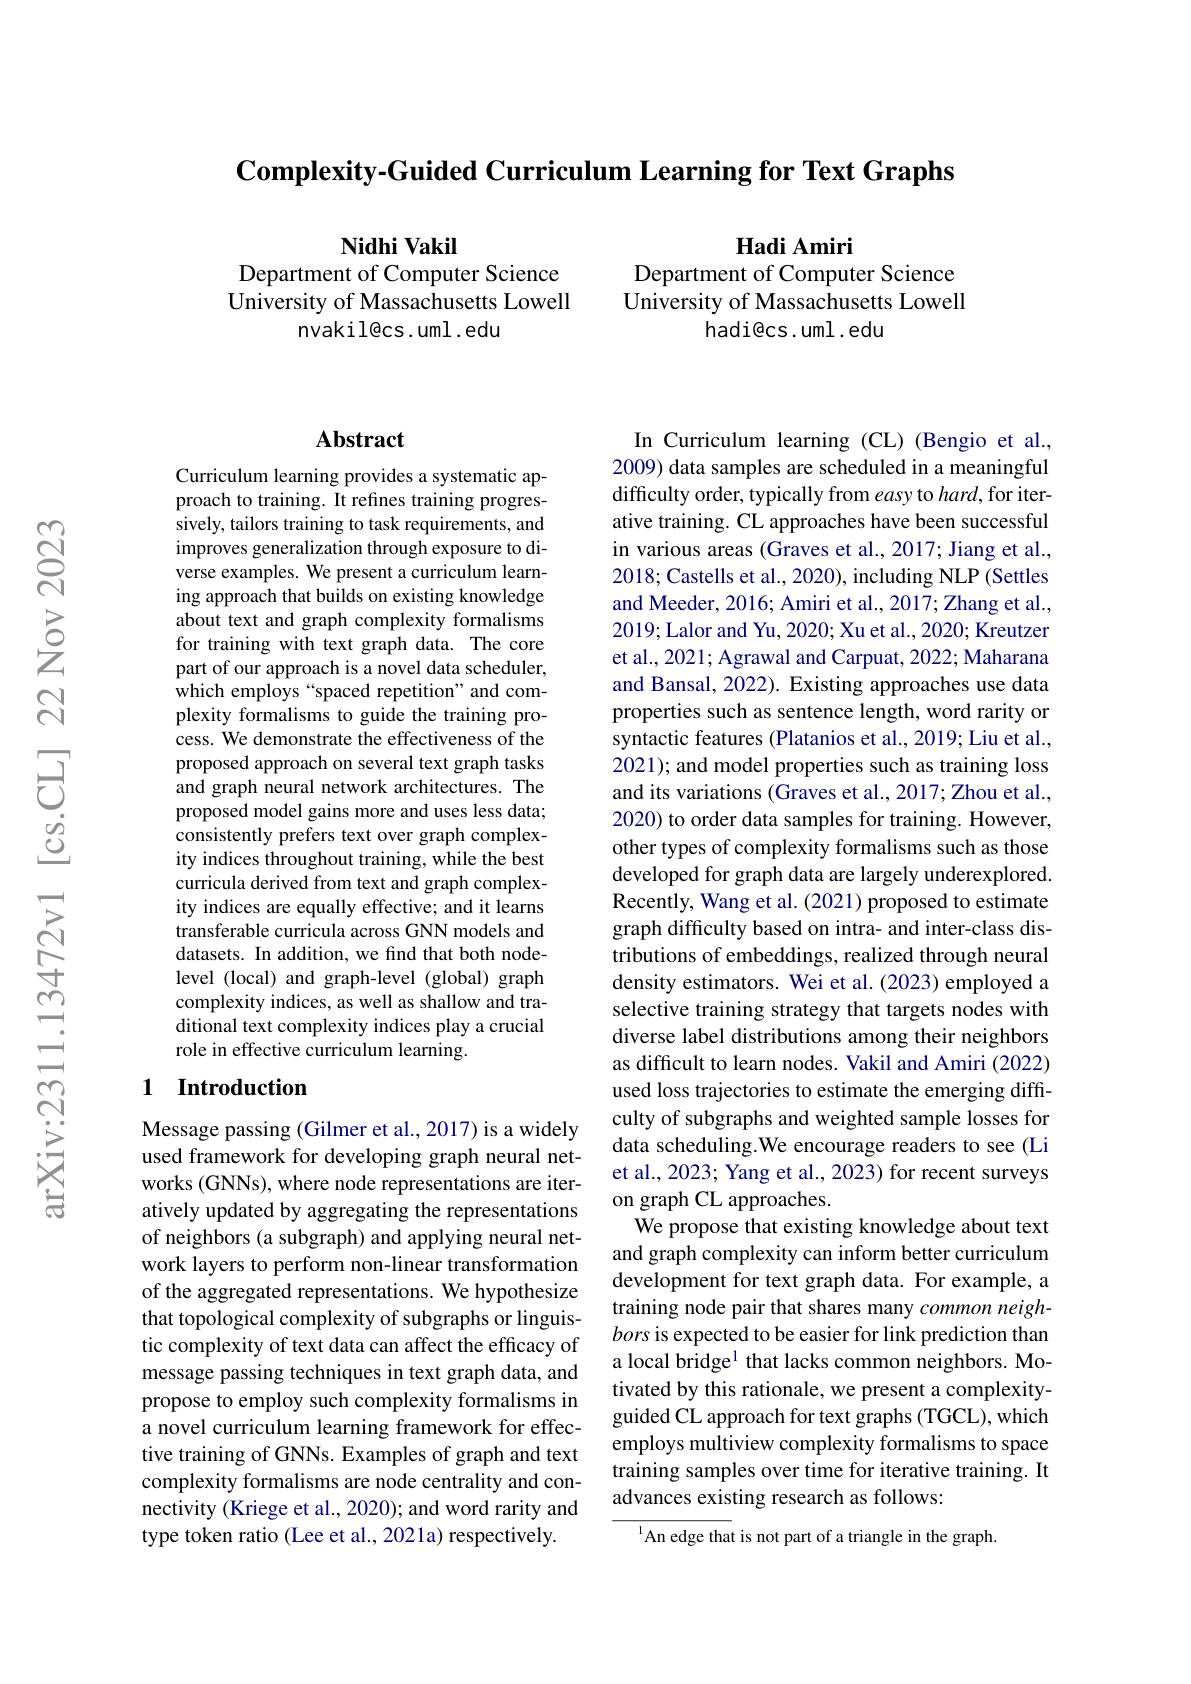
$\textbf{Complexity- Guided Curriculum Learning for Text Graphs}$

Nidhi Vakil
Department of Computer Science University of Massachusetts Lowell
nvakil@cs.uml.edu

Hadi Amiri
Department of Computer Science University of Massachusetts Lowell
hadi@cs.uml.edu

## Abstract

Curriculum learning provides a systematic approach to training. It refines training progressively, tailors training to task requirements, and improves generalization through exposure to diverse examples. We present a curriculum learning approach that builds on existing knowledge about text and graph complexity formalisms for training with text graph data. The core part of our approach is a novel data scheduler, which employs“spaced repetition”and complexity formalisms to guide the training process. We demonstrate the effectiveness of the proposed approach on several text graph tasks and graph neural network architectures. The proposed model gains more and uses less data; consistently prefers text over graph complexity indices throughout training, while the best curricula derived from text and graph complexity indices are equally effective; and it learns transferable curricula across GNN models and datasets. In addition, we find that both nodelevel (local) and graph-level (global) graph complexity indices, as well as shallow and traditional text complexity indices play a crucial role in effective curriculum learning.

## 1 Introduction

Message passing (Gilmer et al., 2017) is a widely used framework for developing graph neural networks (GNNs), where node representations are iteratively updated by aggregating the representations of neighbors (a subgraph) and applying neural network layers to perform non-linear transformation of the aggregated representations. We hypothesize that topological complexity of subgraphs or linguistic complexity of text data can affect the efficacy of message passing techniques in text graph data, and propose to employ such complexity formalisms in a novel curriculum learning framework for effective training of GNNs. Examples of graph and text complexity formalisms are node centrality and connectivity (Kriege et al., 2020); and word rarity and type token ratio (Lee et al., 2021a) respectively.

In Curriculum learning (CL) (Bengio et al., 2009) data samples are scheduled in a meaningful difficulty order, typically from easy to $hard$, for iterative training. CL approaches have been successful in various areas (Graves et al., 2017; Jiang et al., 2018; Castells et al., 2020), including NLP (Settles and Meeder, 2016; Amiri et al., 2017; Zhang et al., 2019; Lalor and Yu, 2020; Xu et al., 2020; Kreutzer et al., 2021; Agrawal and Carpuat, 2022; Maharana and Bansal, 2022). Existing approaches use data properties such as sentence length, word rarity or syntactic features (Platanios et al., 2019; Liu et al., 2021); and model properties such as training loss and its variations (Graves et al., 2017; Zhou et al., 2020) to order data samples for training. However, other types of complexity formalisms such as those developed for graph data are largely underexplored. Recently, Wang et al. (2021) proposed to estimate graph difficulty based on intra- and inter-class distributions of embeddings, realized through neural density estimators. Wei et al. (2023) employed a selective training strategy that targets nodes with diverse label distributions among their neighbors as difficult to learn nodes. Vakil and Amiri (2022) used loss trajectories to estimate the emerging diffculty of subgraphs and weighted sample losses for data scheduling.We encourage readers to see (Li et al., 2023; Yang et al., 2023) for recent surveys on graph CL approaches.
We propose that existing knowledge about text and graph complexity can inform better curriculum development for text graph data. For example, a training node pair that shares many common neighbors is expected to be easier for link prediction than a local bridge$^{1}$ that lacks common neighbors. Motivated by this rationale, we present a complexityguided CL approach for text graphs (TGCL), which employs multiview complexity formalisms to space training samples over time for iterative training. It advances existing research as follows:
$^{1}$An edge that is not part of a triangle in the graph.